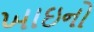
ખાઇનો